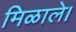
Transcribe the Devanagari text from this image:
मिळाले।